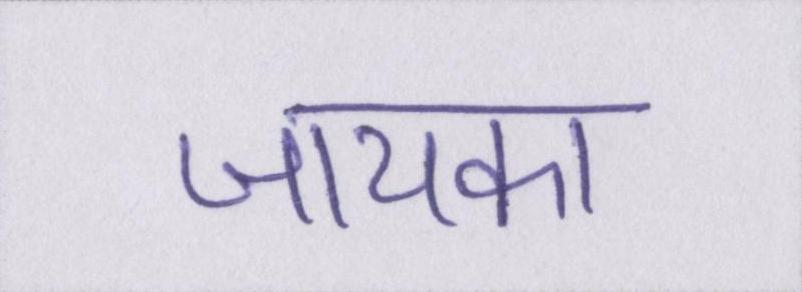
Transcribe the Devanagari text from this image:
जायका